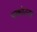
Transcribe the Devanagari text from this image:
एकोत्‍तर